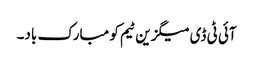
آئی ٹی ڈی میگزین ٹیم کو مبارک باد۔